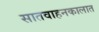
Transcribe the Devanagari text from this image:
सातवाहनकालात